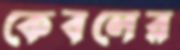
কেবলের